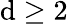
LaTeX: \mathrm{d}\geq2